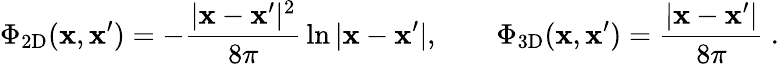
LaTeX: \Phi_{\textrm{2D}}(\mathbf{x},\mathbf{x}^{\prime})=-{\frac{|\mathbf{x}-\mathbf{x}^{\prime}|^{2}}{8\pi}}\ln|\mathbf{x}-\mathbf{x}^{\prime}|,\qquad\Phi_{\textrm{3D}}(\mathbf{x},\mathbf{x}^{\prime})={\frac{|\mathbf{x}-\mathbf{x}^{\prime}|}{8\pi}}~.